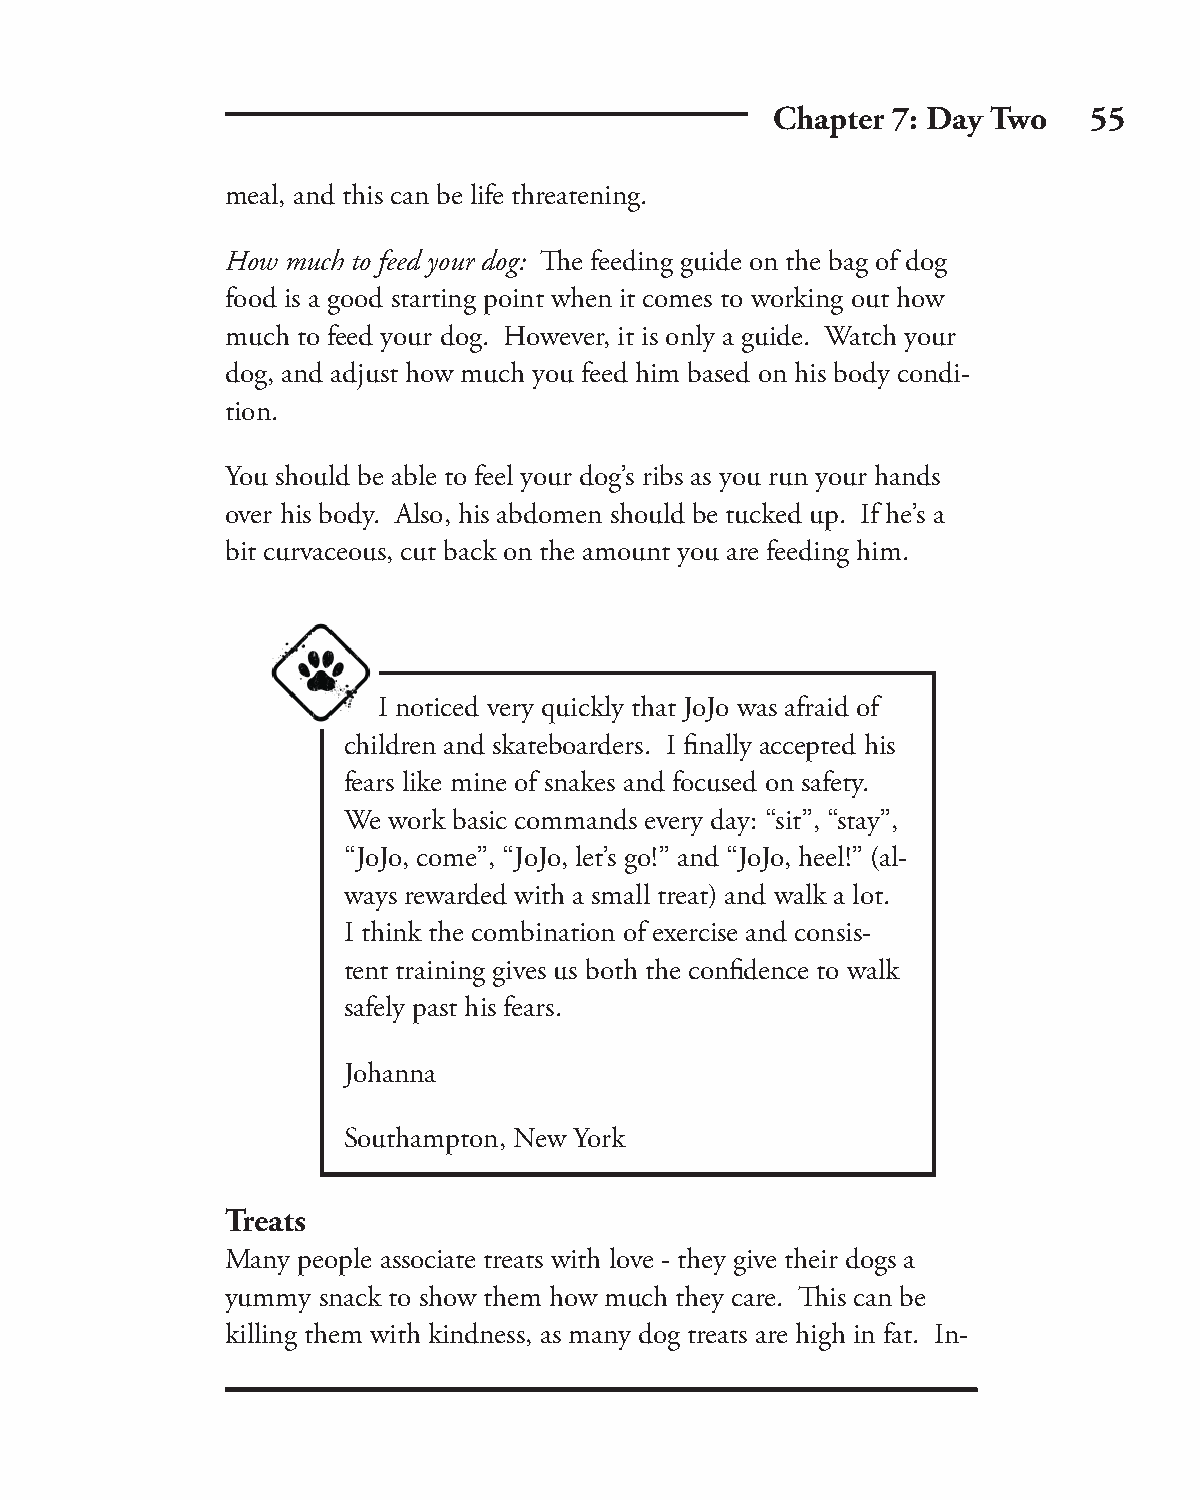
Chapter 7: Day Two   55
 meal, and this can be life threatening.
 How much to feed your dog: Th e feeding guide on the bag of dog
 food is a good starting point when it comes to working out how
 much to feed your dog. However, it is only a guide. Watch your
 dog, and adjust how much you feed him based on his body condi-
 tion.
 You should be able to feel your dog’s ribs as you run your hands
 over his body. Also, his abdomen should be tucked up. If he’s a
 bit curvaceous, cut back on the amount you are feeding him.
 I noticed very quickly that JoJo was afraid of
 children and skateboarders. I fi nally accepted his
 fears like mine of snakes and focused on safety.
 We work basic commands every day: “sit”, “stay”,
 “JoJo, come”, “JoJo, let’s go!” and “JoJo, heel!” (al-
 ways rewarded with a small treat) and walk a lot.
 I think the combination of exercise and consis-
 tent training gives us both the confi dence to walk
 safely past his fears.
 Johanna
 Southampton, New York
 Treats
 Many people associate treats with love - they give their dogs a
 yummy snack to show them how much they care. Th is can be
 killing them with kindness, as many dog treats are high in fat. In-